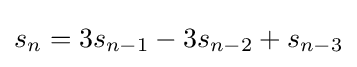
s_{n}=3s_{n-1}-3s_{n-2}+s_{n-3}